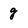
Character: g